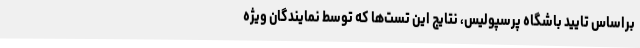
براساس تایید باشگاه پرسپولیس، نتایج این تست‌ها که توسط نمایندگان ویژه